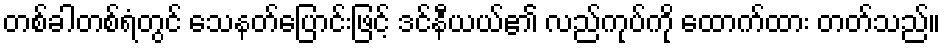
တစ်ခါတစ်ရံတွင် သေနတ်ပြောင်းဖြင့် ဒင်နီယယ်၏ လည်ကုပ်ကို ထောက်ထား တတ်သည်။